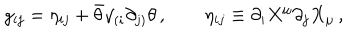
g _ { i j } = \eta _ { i j } + \bar { \theta } \gamma _ { ( i } \partial _ { j ) } \theta \, , \qquad \eta _ { i j } \equiv \partial _ { i } X ^ { \mu } \partial _ { j } X _ { \mu } \, ,